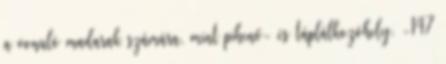
a vonuló madarak számára, mint pihenő- és táplálkozóhely. -147